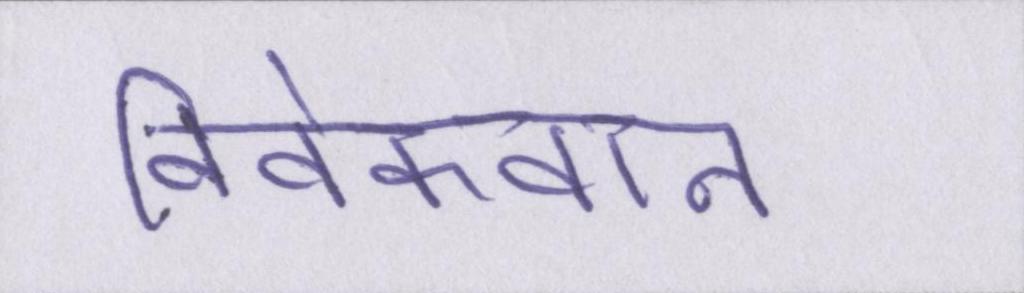
विवेकवान